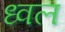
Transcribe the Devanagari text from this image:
ध्वल